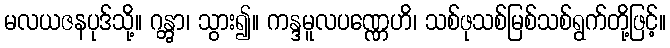
မလယဇနပုဒ်သို့။ ဂန္တွာ၊ သွား၍။ ကန္ဒမူလပဏ္ဏေဟိ၊ သစ်ဖုသစ်မြစ်သစ်ရွက်တို့ဖြင့်။